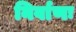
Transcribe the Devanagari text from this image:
निर्वाणः